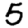
Digit: 5